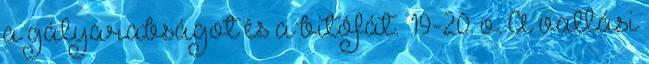
a gályarabságot és a bitófát.” 19-20. o. A vallási